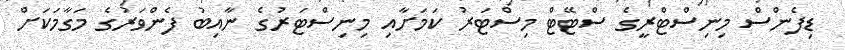
ޑިފެންސް މިނިސްޓްރީގެ ސްޓޭޓް މިިސްޓަރު ކަމަށާއި މިނިސްޓަރުގެ ނާއިބު ފެންވަރުގެ މަގާމަކަށް